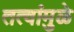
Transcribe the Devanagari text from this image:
तत्वांमुळे